Lunatic asylums in Bengal annual reports 1899-1911 - 1899-1911
Year: 1899
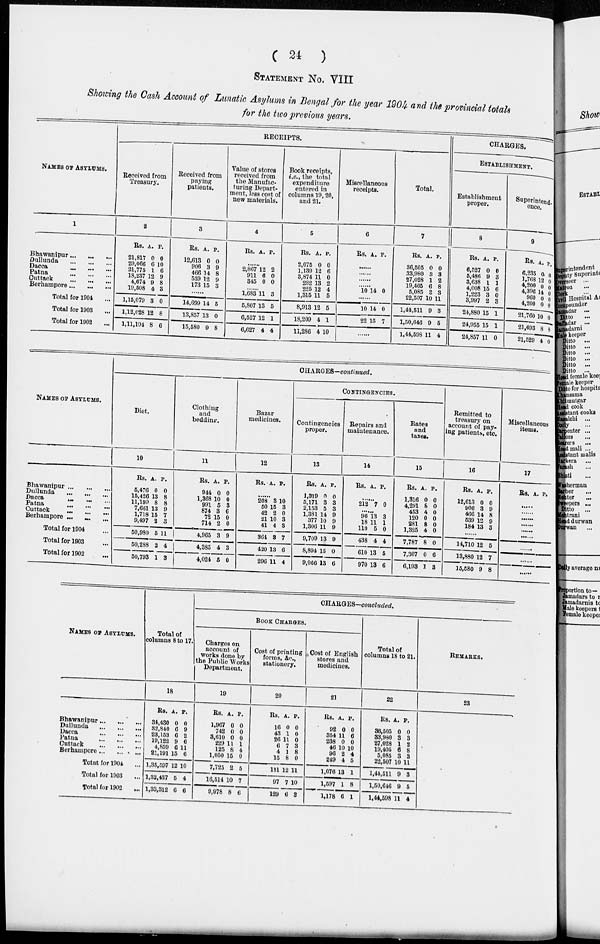
( 24
)
STATEMENT No. VIII
Showing the Cash Account of Lunatic Asylums in Bengal for the year 1904 and the provincial totals
for the two previous years.
NAMES OF ASYLUMS.
1
Bhawanipur ... ... ...
Dullunda
...
...
...
Dacca
...
...
...
Patna
...
...
...
Cuttack
...
...
...
Berhampore ... ... ...
Total for 1904 ...
Total for 1903 ...
Total for 1902 ...
RECEIPTS.
Received from
Treasury.
2
Rs.
21,817
29,066
21,775
18,237
4,674
19,508
1,15,079
1,12,028
1,11,104
A.
0
6
1
12
9
4
3
12
8
P.
0
10
6
9
8
3
0
8
6
Received from
paying
patients.
3
Rs.
12,613
906
466
539
173
A.
0
3
14
12
15
P.
0
9
8
9
3
......
14,699
13,857
15,580
14
13
9
5
0
8
Value of stores
received from
the Manufac-
turing Depart-
ment, less cost of
new materials.
4
Rs. A. P.
......
2,867
911
345
12
6
0
2
0
0
......
1,683
5,807
6,527
6,627
11
13
12
4
3
5
1
4
Book receipts,
i.e., the total
expenditure
entered in
columns 19,20,
and 21.
5
Rs.
2,075
1,139
3,874
282
225
1,315
8,913
18,209
11,286
A.
0
12
11
13
12
11
12
4
4
P.
0
6
0
2
4
5
5
1
10
Miscellaneous
receipts.
6
Rs. A. P.
......
......
......
......
10 14 0
......
10
22
14
15
0
7
......
Total.
7
Rs.
36,505
33,980
27,028
19,405
5,085
22,507
1,44,511
1,50,646
1,44,598
A.
0
3
1
6
3
10
9
9
11
P.
0
3
2
8
3
11
3
5
4
CHARGES.
ESTABLISHMENT.
Establishment
proper.
8
Rs.
6,527
5,486
3,638
4,008
1,223
3,997
24,880
24,955
24,857
A.
0
9
1
15
3
2
15
15
11
P.
0
3
1
6
0
3
1
1
0
Superintend-
ence.
9
Rs.
6,235
1,768
4,200
4,396
960
4,200
21,760
21,693
21,529
A.
0
12
0
14
0
0
10
8
4
P.
0
0
0
0
0
0
0
8
0
NAMES OF ASYLUMS.
Bhawanipur ... ... ...
Dullunda ... ... ...
Dacca
...
... ...
Patna ... ... ...
Cuttack
...
...
...
Berhampore ... ... ...
Total for 1904 ...
Total for 1903 ...
Total for 1902 ...
CHARGES—continued.
Diet.
10
Rs.
5,476
15,426
11,199
7,661
1,718
9,497
50,980
50,288
50,793
A.
0
13
8
13
15
2
5
2
1
P.
0
8
8
9
7
3
11
4
3
Clothing
and
bedding.
11
Rs.
944
1,368
991
874
72
714
4,965
4,385
4,024
A.
0
10
5
3
15
2
3
4
5
P.
0
0
3
6
0
0
9
3
0
Bazar
medicines.
12
Rs. A. P.
......
208
50
42
21
41
364
420
296
3
15
2
10
4
3
13
11
10
3
0
3
3
7
6
4
CONTINGENCIES.
Contingencies
proper.
13
Rs.
1,319
3,171
2,153
1,381
377
1,306
9,709
8,894
9,066
A.
0
3
5
14
10
11
13
15
13
P.
0
3
3
9
9
9
9
0
6
Repairs and
maintenance.
14
Rs. A.
P.
......
212 7 0
......
96
18
110
438
610
970
13
11
5
4
13
13
3
1
0
4
5
6
Rates
and
taxes.
15
Rs.
1,316
4,291
453
120
281
1,325
7,787
7,307
6,193
A.
0
8
4
0
8
4
8
0
1
P.
0
0
0
0
0
0
0
6
3
Remitted to
treasury on
account of pay-
ing patients, etc.
16
Rs.
12,613
906
466
539
184
A.
0
3
14
12
13
P.
0
9
8
9
3
......
14,710
13,880
15,580
12
12
9
5
7
8
Miscellaneous
items.
17
Rs. A. P.
......
......
......
......
......
......
......
......
......
NAMES OF ASYLUMS.
Bhawanipur ... ... ...
Dullunda
...
...
...
Dacca
...
...
...
Patna ... ... ...
Cuttack
...
...
...
Berhampore ... ... ...
Total for 1904 ...
Total for 1903 ...
Total for 1902
...
Total of
columns 8 to 17.
18
Rs.
34,430
32,840
23,153
19,122
4,859
21,191
1,35,597
1,32,437
1,33,312
A.
0
6
6
9
6
15
12
5
6
P.
0
9
2
6
11
6
10
4
6
CHARGES—concluded.
BOOK CHARGES.
Charges on
account of
works done by
the Public Works
Department.
19
Rs.
1,967
742
3,610
229
125
1,050
7,725
16,514
9,978
A.
0
0
0
11
8
15
2
10
8
P.
0
0
0
1
4
0
5
7
6
Cost of printing
forms, &c.,
stationery.
20
Rs.
16
43
26
6
4
15
111
97
129
A.
0
1
11
7
1
8
12
7
6
P.
0
0
0
3
8
0
11
10
3
Cost of English
stores and
medicines.
21
Rs.
92
354
238
46
96
249
1,076
1,597
1,178
A.
0
11
0
10
2
4
13
1
6
P.
0
6
0
10
4
5
1
8
1
Total of
columns 18 to 21.
22
Rs.
36,505
33,980
27,028
19,405
5,085
22,507
1,44,511
1,50,646
1,44,598
A.
0
3
1
6
3
10
9
9
11
P.
0
3
2
8
3
11
3
5
4
REMARKS.
23